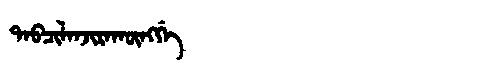
Manchu: ᡨᠠᠪᠴᡳᠯᠠᠨᠵᡳᡵᠠᡴᡡᠩᡤᡝ
Romanization: TABCILANJIRAKŪNGGE